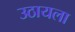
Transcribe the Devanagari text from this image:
उठायला